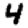
Digit: 4